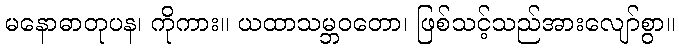
မနောဓာတုပန၊ ကိုကား။ ယထာသမ္ဘဝတော၊ ဖြစ်သင့်သည်အားလျော်စွာ။